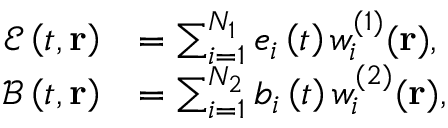
\begin{array} { r l } { \mathcal { E } \left( t , \mathbf { r } \right) } & { = \sum _ { i = 1 } ^ { N _ { 1 } } e _ { i } \left( t \right) w _ { i } ^ { ( 1 ) } ( \mathbf { r } ) , } \\ { \mathcal { B } \left( t , \mathbf { r } \right) } & { = \sum _ { i = 1 } ^ { N _ { 2 } } b _ { i } \left( t \right) w _ { i } ^ { ( 2 ) } ( \mathbf { r } ) , } \end{array}